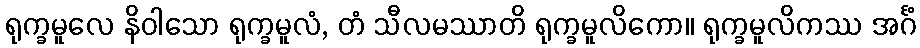
ရုက္ခမူလေ နိဝါသော ရုက္ခမူလံ, တံ သီလမဿာတိ ရုက္ခမူလိကော။ ရုက္ခမူလိကဿ အင်္ဂံ